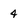
Character: 4